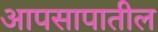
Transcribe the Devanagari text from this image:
आपसापातील